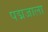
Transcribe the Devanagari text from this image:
पद्मजाला